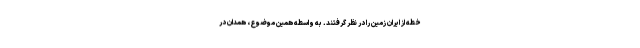
خطه از ایران زمین را در نظر گرفتند. به واسطه همین موضوع، همدان در